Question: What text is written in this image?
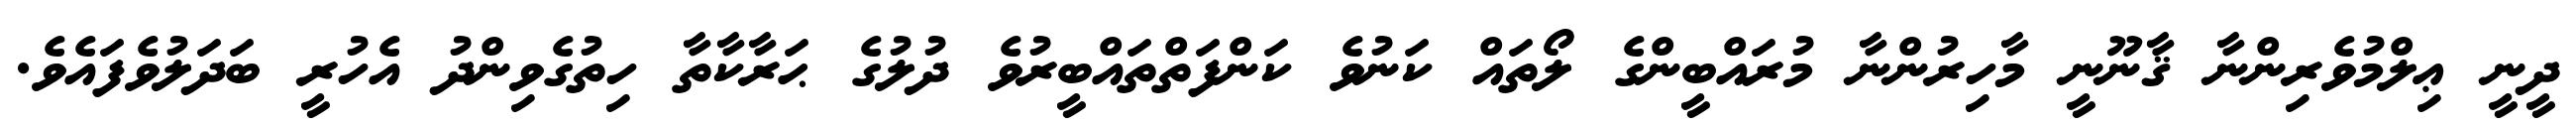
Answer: ދީނީ ޢިލްމުވެރިންނާ ޤާނޫނީ މާހިރުންނާ މުރައްބީންގެ ލޯތައް ކަނުވެ ކަންފަތްތައްބީރުވެ ދުލުގެ ޙަރާކާތާ ހިތުގެވިންދު އެހުރީ ބަދަލުވެފައެވެ.